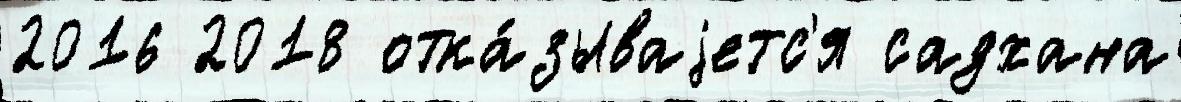
2016 2018 отка́зываjетс'я садхана